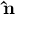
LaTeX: \mathbf { \hat { n } }